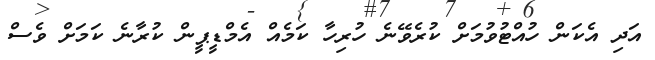
އަދި އެކަން ހުއްޓުވުމަށް ކުރެވޭނެ ހުރިހާ ކަމެއް އެމްޑީޕީން ކުރާނެ ކަމަށް ވެސް